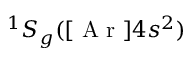
^ 1 S _ { g } ( [ \mathrm { ~ A ~ r ~ } ] 4 s ^ { 2 } )